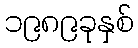
၁၉၈၉ခုနှစ်